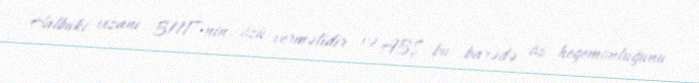
Halbuki vizanı BMT-nin özü verməlidir və ABŞ bu barədə öz hegemonluğunu